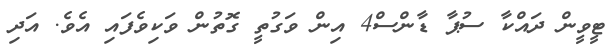
ޓީވީން ދައްކާ ސުޕާ ޑާންސް4 އިން ވަގުތީ ގޮތުން ވަކިވެފައި އެވެ. އަދި